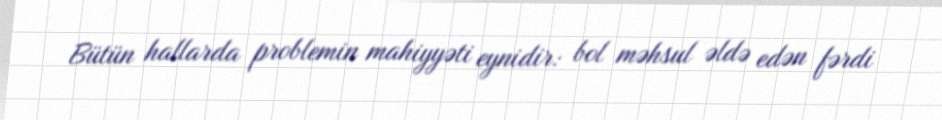
Bütün hallarda problemin mahiyyəti eynidir: bol məhsul əldə edən fərdi